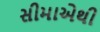
સીમાએથી